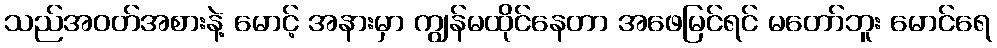
သည်အဝတ်အစားနဲ့ မောင့် အနားမှာ ကျွန်မထိုင်နေတာ အဖေမြင်ရင် မတော်ဘူး မောင်ရေ